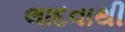
લાદવાથી